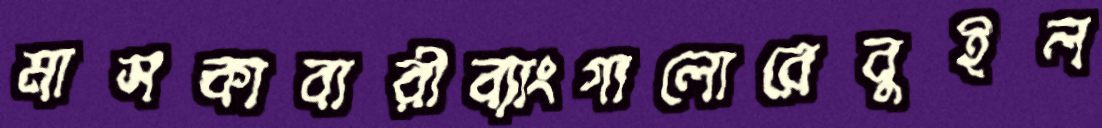
মাসকাবারীব্যাংগালোরেবুইল